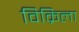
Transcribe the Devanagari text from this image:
विक्रिला